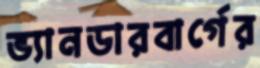
ভ্যানডারবার্গের